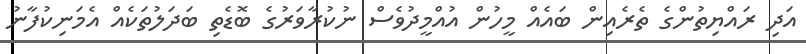
އަދި ރައްޔިތުންގެ ތެރެއިން ބައެއް މީހުން އުއްމީދުވެސް ނުކުރާވަރުގެ ބޮޑެތި ބަދަލުތަކެއް އެމަނިކުފާނު